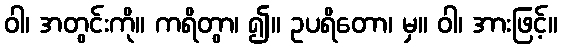
ဝါ၊ အတွင်းကို။ ကရိတွာ၊ ၍။ ဥပရိတော၊ မှ။ ဝါ၊ အားဖြင့်။